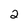
Character: 2